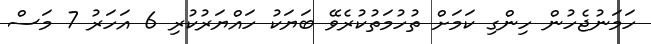
ހަމަނުޖެހުން ހިންގި ކަމަށް ތުހުމަތުކުރެވޭ ބަޔަކު ހައްޔަރުކުރި 6 އަހަރު 7 މަސް